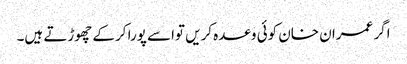
اگر عمران خان کوئی وعدہ کریں تواسے پورا کرکے چھوڑتے ہیں۔